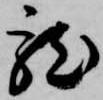
龍